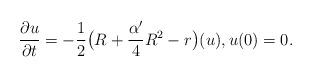
LaTeX: \begin{align*}\frac{\partial u}{\partial t}=-\frac{1}{2}\big(R+\frac{\alpha'}{4}R^2-r\big)(u),u(0)=0.\end{align*}